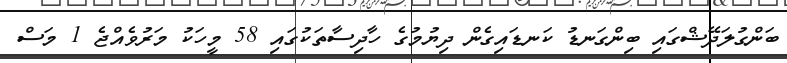
ބަންގުލަދޭޝްގައި ބިންގަނޑު ކަނޑައިގެން ދިޔުމުގެ ހާދިސާތަކުގައި 58 މީހަކު މަރުވެއްޖެ 1 މަސް